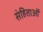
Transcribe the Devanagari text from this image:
संहिताआें